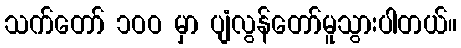
သက်တော် ၁ဝဝ မှာ ပျံလွန်တော်မူသွားပါတယ်။